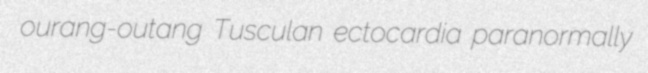
ourang-outang Tusculan ectocardia paranormally